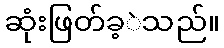
ဆုံးဖြတ်ခ့ဲသည်။